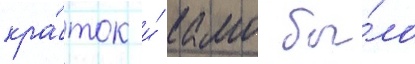
кра́ток и́ камо бы́ло